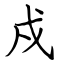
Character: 戍